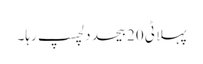
پہلا ٹی 20 بیحد دلچسپ رہا۔